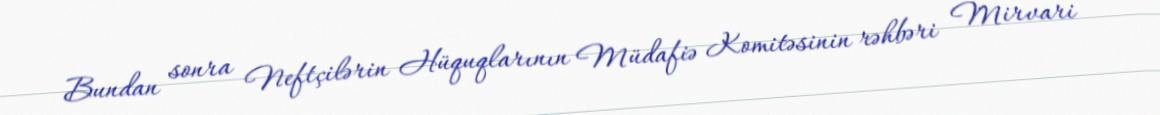
Bundan sonra Neftçilərin Hüquqlarının Müdafiə Komitəsinin rəhbəri Mirvari